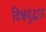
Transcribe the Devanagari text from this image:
विश्वयुद्धात